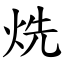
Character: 烍